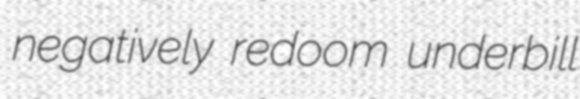
negatively redoom underbill